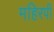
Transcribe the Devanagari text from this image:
महिरपी